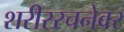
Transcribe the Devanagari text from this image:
शरीररचनेवर